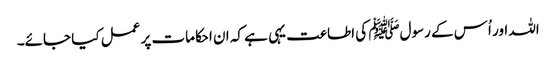
اللہ اور اُس کے رسولﷺ کی اطاعت یہی ہے کہ ان احکامات پر عمل کیا جائے۔